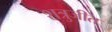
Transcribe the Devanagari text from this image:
शत्रुजीत